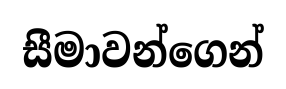
සීමාවන්ගෙන්